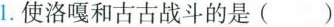
1.使洛嘎和古古战斗的是（）